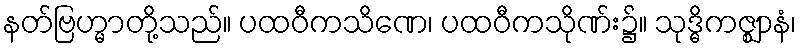
နတ်ဗြဟ္မာတို့သည်။ ပထဝီကသိဏေ၊ ပထဝီကသိုဏ်း၌။ သုဒ္ဓိကဇ္ဈာနံ၊